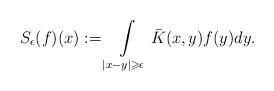
LaTeX: \begin{align*}S_{\epsilon}(f)(x):= \int\limits_{|x-y|\geqslant\epsilon}\bar{K}(x,y)f(y) dy.\end{align*}